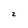
Character: 2